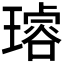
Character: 𤩅